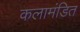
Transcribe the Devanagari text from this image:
कलामंडित